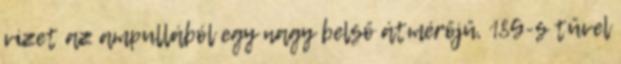
vizet az ampullából egy nagy belső átmérőjű, 18G-s tűvel